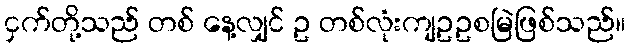
ငှက်တို့သည် တစ် နေ့လျှင် ဥ တစ်လုံးကျဥဥစမြဲဖြစ်သည်။